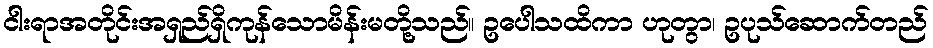
ငါးရာအတိုင်းအရှည်ရှိကုန်သောမိန်းမတို့သည်။ ဥပေါသထိကာ ဟုတွာ၊ ဥပုသ်ဆောက်တည်